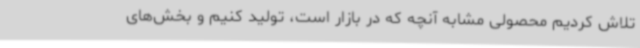
تلاش کردیم محصولی مشابه آنچه که در بازار است، تولید کنیم و بخش‌های